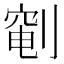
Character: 𫦐